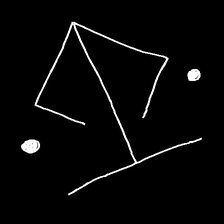
Glyph: earth